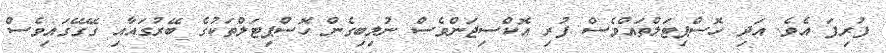
ފުރިފަ އެވެ. އަދި ހޮސްޕިޓަލްތައްވެސް ފުރި އޮކްސިޖަންވެސް ނުލިބިގެން ހޮސްޕިޓަލްތަކުގެ ބޭރުގައާއި ގޭގޭގައިވެސް